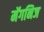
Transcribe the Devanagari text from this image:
मॅगनिज